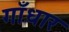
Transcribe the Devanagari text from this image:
गाँधार